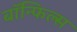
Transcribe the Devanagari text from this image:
बाॅन्फिल्स